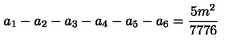
a _ { 1 } - a _ { 2 } - a _ { 3 } - a _ { 4 } - a _ { 5 } - a _ { 6 } = \frac { 5 m ^ { 2 } } { 7 7 7 6 }